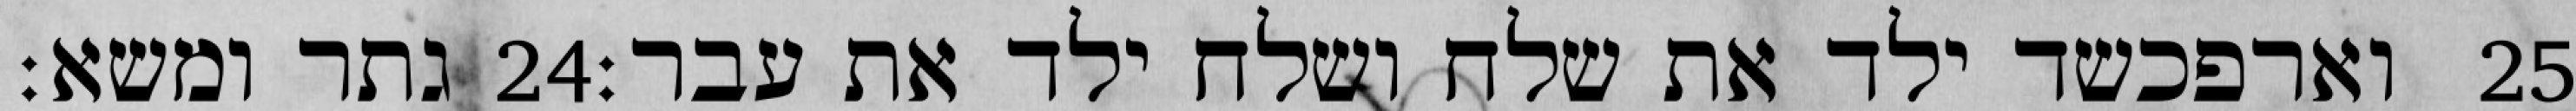
גתר ומשא׃ ‎24‏ וארפכשד ילד את שלח ושלח ילד את עבר׃ ‎25‏